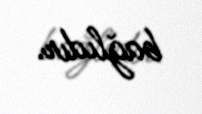
bağlıdır.